Indian journal of veterinary science and animal husbandry - Volumes 15-17, 1948-1951
Year: 1948
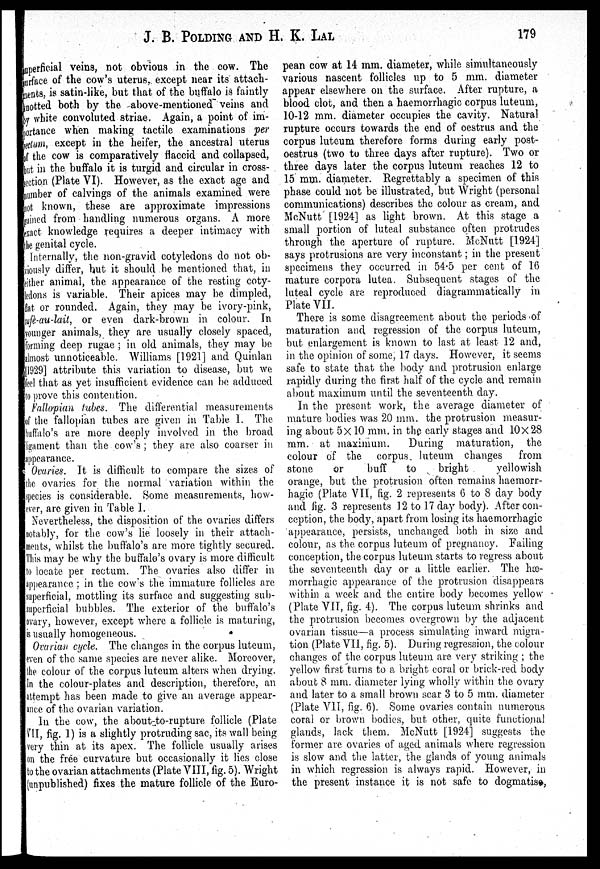
J. B. POLDING AND H. K. LAL
179
superficial veins, not obvious in the cow. The
surface of the cow's uterus, except near its attach-
ments, is satin-like, but that of the buffalo is faintly
knotted both by the above-mentioned veins and
by white convoluted striae. Again, a point of im-
portance when making tactile examinations per
rectum, except in the heifer, the ancestral uterus
of the cow is comparatively flaccid and collapsed,
but in the buffalo it is turgid and circular in cross-
section (Plate VI). However, as the exact age and
number of calvings of the animals examined were
not known, these are approximate impressions
gained, from handling numerous organs. A more
exact knowledge requires a deeper intimacy with
the genital cycle.
Internally, the non-gravid cotyledons do not ob-
viously differ, but it should be mentioned that, in
either animal, the appearance of the resting coty-
ledons is variable. Their apices may be dimpled,
flat or rounded. Again, they may be ivory-pink,
cafè-au-lait, or even dark-brown in colour. In
younger animals, they are usually closely spaced,
forming deep rugae ; in old animals, they may be
almost unnoticeable. Williams [1921] and Quinlan
[1929] attribute this variation to disease, but we
feel that as yet insufficient evidence can be adduced
to prove this contention.
Fallopian tubes. The differential measurements
of the fallopian tubes are given in Table I. The
buffalo' s are more deeply involved in the broad
ligament than the cow's ; they are also coarser in
appearance.
Ovaries. It is difficult to compare the sizes of
the ovaries for the normal variation within the
species is considerable. Some measurements, how-
ever, are given in Table I.
Nevertheless, the disposition of the ovaries differs
notably, for the cow's lie loosely in their attach-
ments, whilst the buffalo's are more tightly secured.
This may be why the buffalo's ovary is more difficult
to locate per rectum. The ovaries also differ in
appearance ; in the cows the immature follicles are
superficial, mottling its surface and suggesting sub-
superficial bubbles. The exterior of the buffalo's
ovary, however, except where a follicle is maturing,
is usually homogeneous.
Ovarian cycle. The changes in the corpus luteum,
even of the same species are never alike. Moreover,
the colour of the corpus luteum alters when drying.
In the colour-plates and description, therefore, an
attempt has been made to give an average appear-
ance of the ovarian variation.
In the cow, the about-to-rupture follicle (Plate
VII, fig. 1) is a slightly protruding sac, its wall being
very thin at its apex. The follicle usually arises
on the free curvature but occasionally it lies close
to the ovarian attachments (Plate VIII, fig. 5). Wright
(unpublished) fixes the mature follicle of the Euro-
pean cow at 14 mm. diameter, while simultaneously
various nascent follicles up to 5 mm. diameter
appear elsewhere on the surface. After rupture, a
blood clot, and then a haemorrhagic corpus luteum,
10-12 mm. diameter occupies the cavity. Natural
rupture occurs towards the end of oestrus and the
corpus luteum therefore forms during early post-
oestrus (two to three days after rupture). Two or
three days later the corpus luteum reaches 12 to
15 mm. diameter. Regrettably a specimen of this
phase could not be illustrated, but Wright (personal
communications) describes the colour as cream, and
McNutt [1924] as light brown. At this stage a
small portion of luteal substance often protrudes
through the aperture of rupture. McNutt [1924]
says protrusions are very inconstant ; in the present
specimens they occurred in 54.5 per cent of 16
mature corpora lutea. Subsequent stages of the
luteal cycle are reproduced diagrammatically in
Plate VII.
There is some disagreement about the periods of
maturation and regression of the corpus luteum,
but enlargement is known to last at least 12 and,
in the opinion of some, 17 days. However, it seems
safe to state that the body and protrusion enlarge
rapidly during the first half of the cycle and remain
about maximum until the seventeenth day.
In the present work, the average diameter of
mature bodies was 20 mm. the protrusion measur-
ing about 5×10 mm. in the early stages and 10×28
mm. at maximum.
During maturation, the
colour of the corpus luteum changes
from
stone
or
buff
to
bright
yellowish
orange, but the protrusion often remains haemorr-
hagic (Plate VII, fig. 2 represents 6 to 8 day body
and fig. 3 represents 12 to 17 day body). After con-
ception, the body, apart from losing its haemorrhagic
appearance, persists, unchanged both in size and
colour, as the corpus luteum of pregnancy. Failing
conception, the corpus luteum starts to regress about
the seventeenth day or a little earlier. The hæ-
morrhagic appearance of the protrusion disappears
within a week and the entire body becomes yellow
(Plate VII, fig. 4). The corpus luteum shrinks and
the protrusion becomes overgrown by the adjacent
ovarian tissue—a process simulating inward migra-
tion (Plate VII, fig. 5). During regression, the colour
changes of the corpus luteum are very striking ; the
yellow first turns to a bright coral or brick-red body
about 8 mm. diameter lying wholly within the ovary
and later to a small brown scar 3 to 5 mm. diameter
(Plate VII, fig. 6). Some ovaries contain numerous
coral or brown bodies, but other, quite functional
glands, lack them. McNutt [1924] suggests the
former are ovaries of aged animals where regression
is slow and the latter, the glands of young animals
in which regression is always rapid. However, in
the present instance it is not safe to dogmatise,